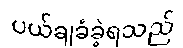
ပယ်ချခံခဲ့ရသည်